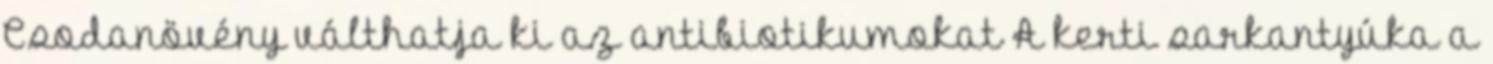
Csodanövény válthatja ki az antibiotikumokat A kerti sarkantyúka a